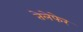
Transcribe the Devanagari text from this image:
तेलेफेर